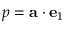
p = \mathbf { a } \cdot \mathbf { e } _ { 1 }